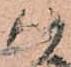
以